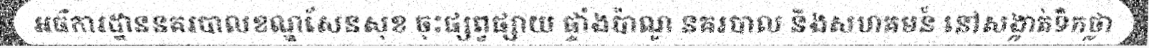
អធិការដ្ឋាននគរបាលខណ្ឌសែនសុខ ចុះផ្សព្វផ្សាយ ផ្ទាំងប៉ាណូ នគរបាល និងសហគមន៍ នៅសង្កាត់ទឹកថ្លា